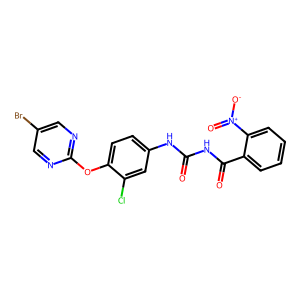
SMILES: O=C(NC(=O)c1ccccc1[N+](=O)[O-])Nc1ccc(Oc2ncc(Br)cn2)c(Cl)c1
Inhibits HIV replication: No